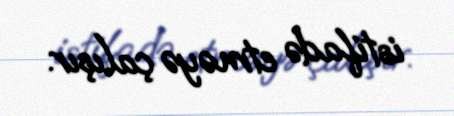
istifadə etməyə çalışır.